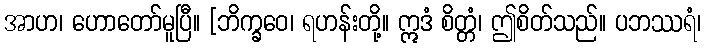
အာဟ၊ ဟောတော်မူပြီ။ [ဘိက္ခဝေ၊ ရဟန်းတို့။ ဣဒံ စိတ္တံ၊ ဤစိတ်သည်။ ပဘဿရံ၊